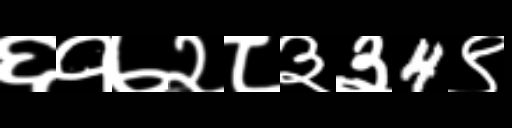
Text: ६१७२८३३4९